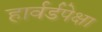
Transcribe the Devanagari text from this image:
हार्वर्डपेक्षा